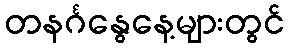
တနင်္ဂနွေနေ့များတွင်